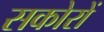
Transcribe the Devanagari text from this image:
सकोरों